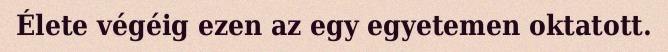
Élete végéig ezen az egy egyetemen oktatott.